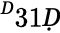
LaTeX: ^Ḋ31Ḍ